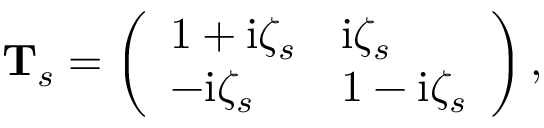
\begin{array} { r } { \mathbf { T } _ { s } = \left( \begin{array} { l l } { 1 + \mathrm { i } \zeta _ { s } } & { \mathrm { i } \zeta _ { s } } \\ { - \mathrm { i } \zeta _ { s } } & { 1 - \mathrm { i } \zeta _ { s } } \end{array} \right) , } \end{array}